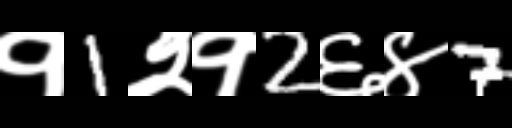
Text: १1२१2६४7